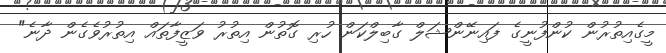
މީގެއިތުރުން ކުންފުނީގެ ފައިނޭންޝަލް ގާބިލްކަން ހުރި ގޮތުން އިތުރު ވަޒީފާތައް އިތުރުވެގެން ދާނެ"